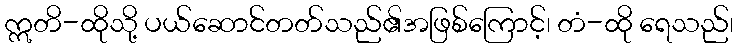
ဣတိ-ထိုသို့ ပယ်ဆောင်တတ်သည်၏အဖြစ်ကြောင့်၊ တံ-ထို ရေသည်၊